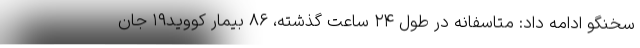
سخنگو ادامه داد: متاسفانه در طول ۲۴ ساعت گذشته، ۸۶ بیمار کووید۱۹ جان